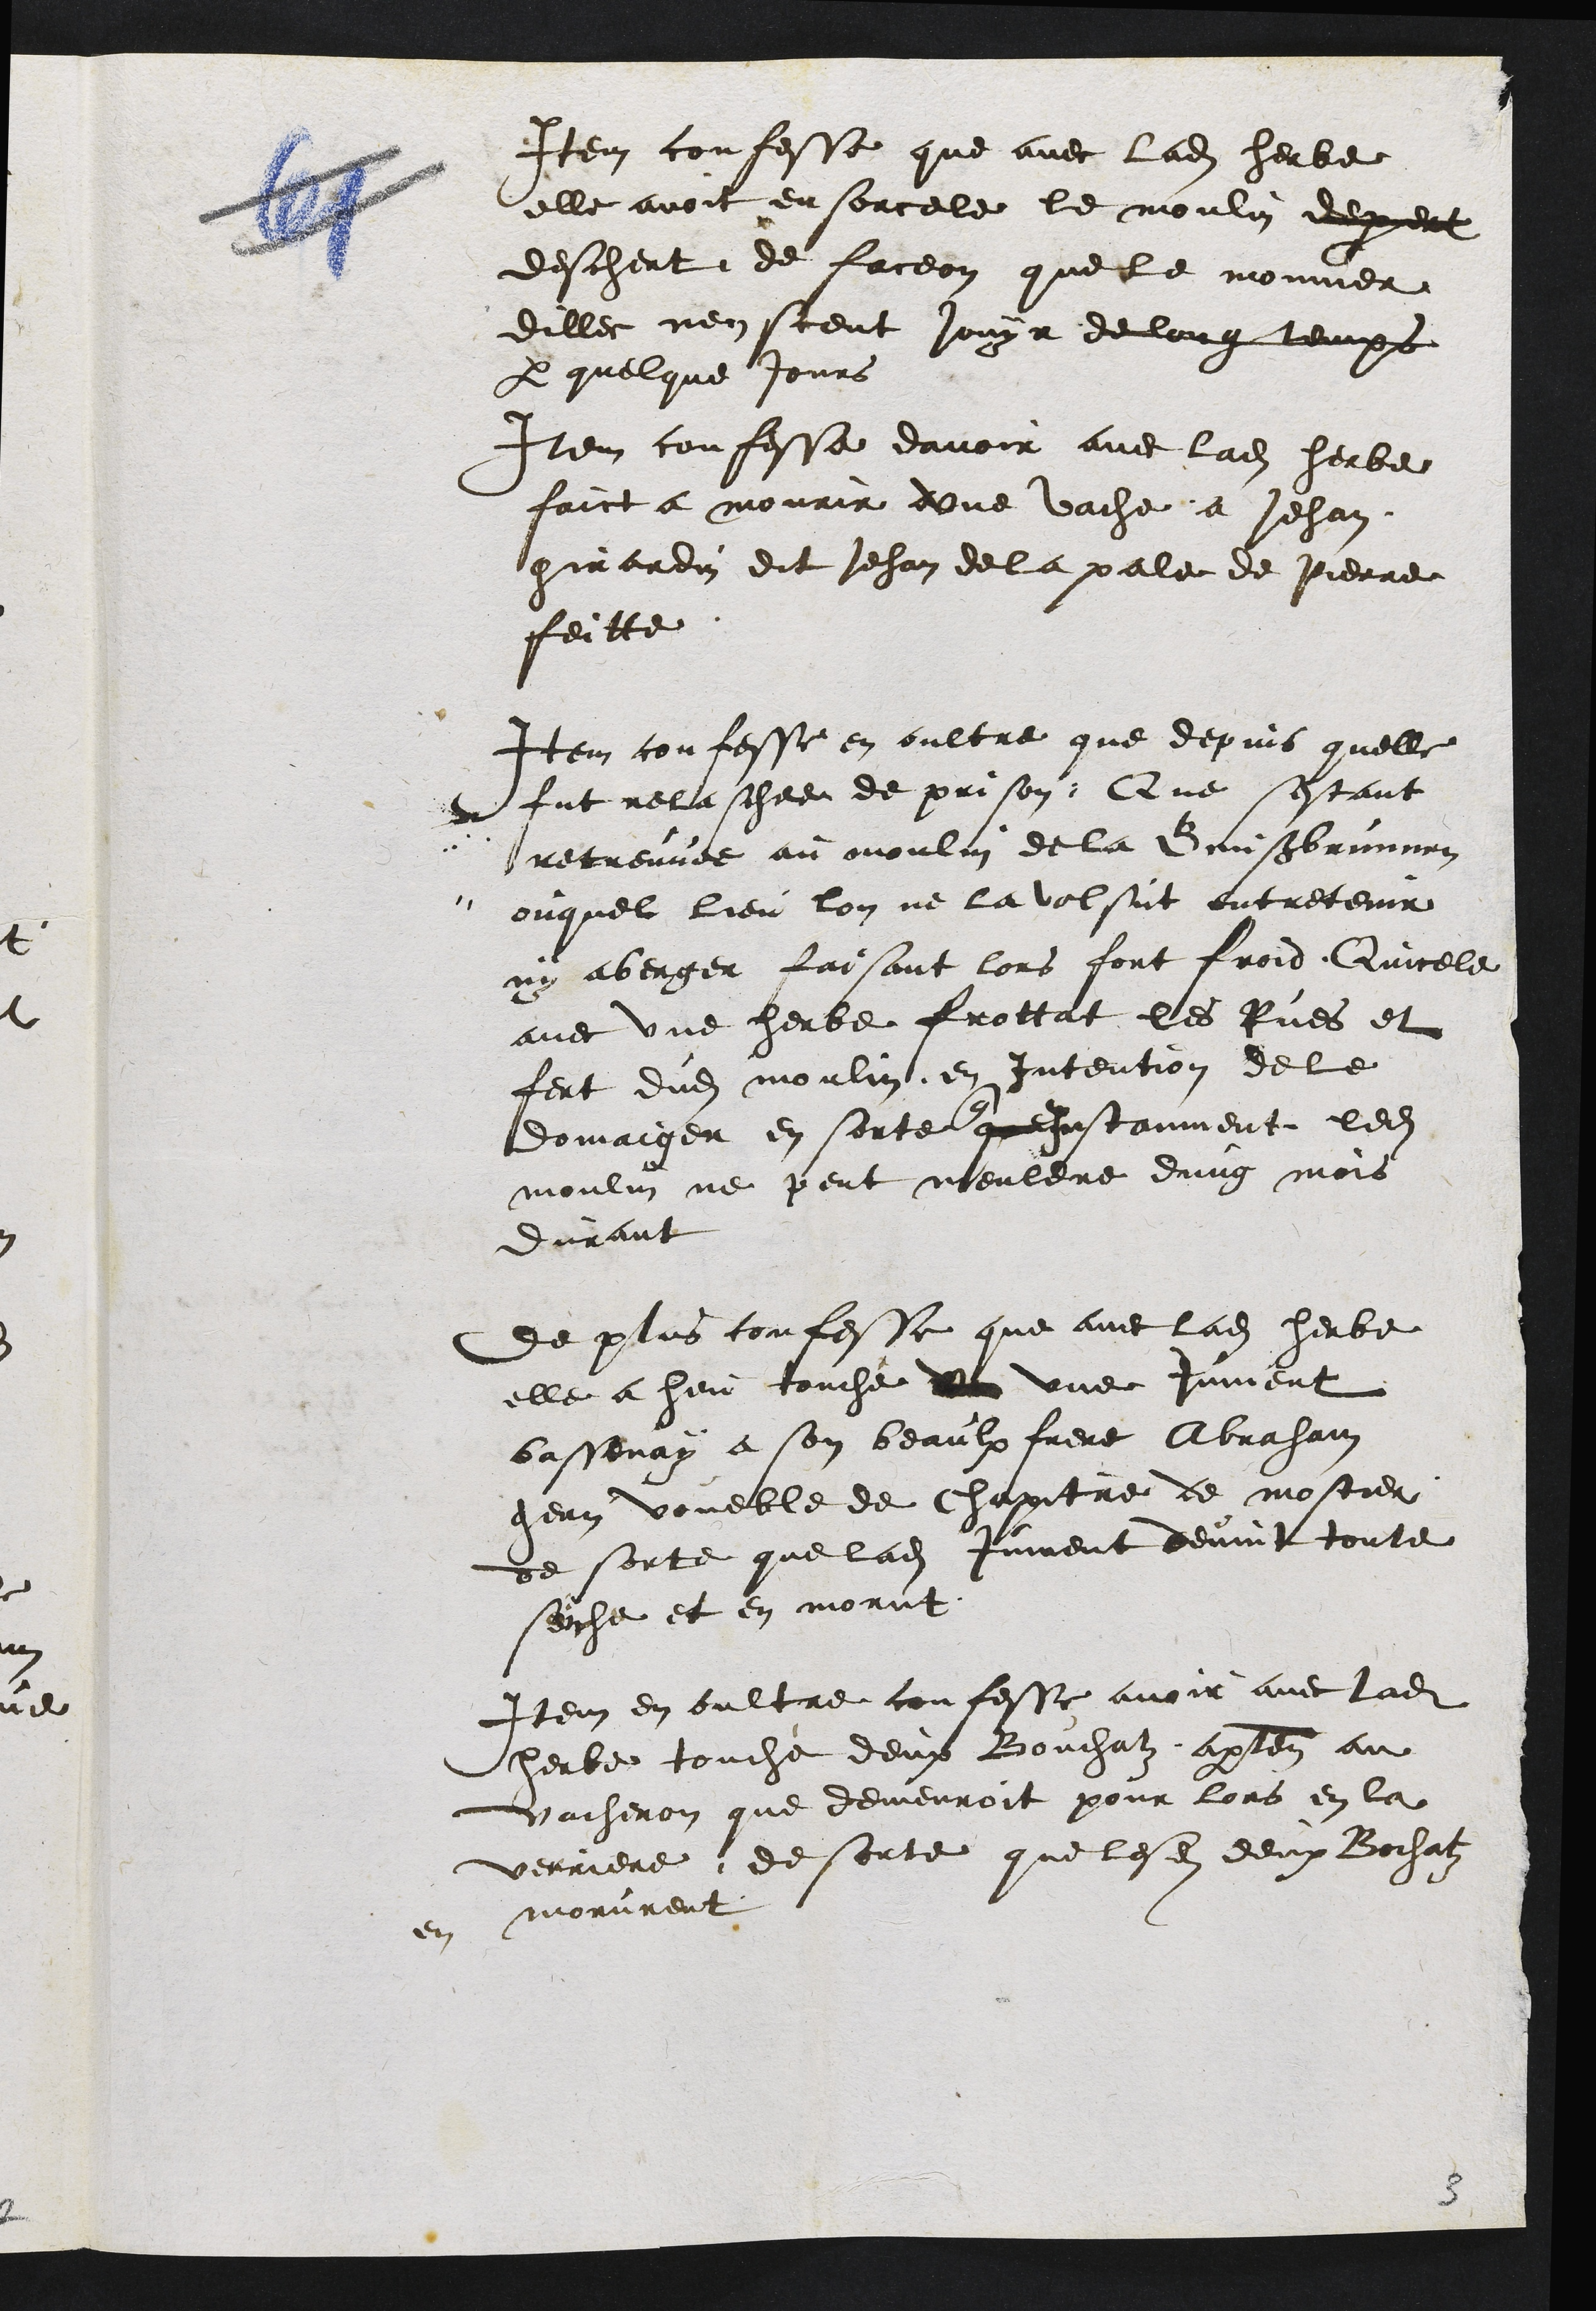
Item confesse que avec ladite herbe
elle avoit ensorcele le moulin deprent
deschert de faceon que le monnier
dillec nen sceut jouyr de long temps
par quelque jours
Item confesse davoir avec ladite herbe
faict a mourir une vache a Jehan
girardin dit Jehan de la pale de Pierre
feitte
Item confesse en oultre que depuis quelle
fut relaschee de prison, Que sestant
retreuvee au moulin de la Beussbrunnen
ouquel lieu lon ne la volsut entretenir
ny aberger faisant lors fort froid, Quicelle
avec une herbe frottat les Rues et
fert dudit moulin, en Intention de le
domaiger en sorte que Instanment ledit
moulin ne pent meuldre dung mois
durant
de plus confesse que avec ladite herbe
elle a heu touche un une jument
bassenay a son beaulx frere Abraham
gery voueble de chapitre de mostier
de sorte que ladite jument devint toute
seiche et en morut
Item en oultre confesse avoir avec ladite
herbe touche deux Bouchatz apartenant au
vacheron que demeuroit pour lors en la
verriere, de sorte que lesdits deux Bochatz
en morurent